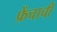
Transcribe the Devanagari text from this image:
फ्रेंचाची